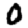
Digit: 0